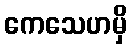
ကေသေဟမှိ